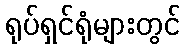
ရုပ်ရှင်ရုံများတွင်